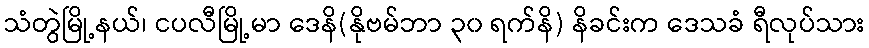
သံတွဲမြို့နယ်၊ ငပလီမြို့မာ ဒေနိ(နိုဗမ်ဘာ ၃၀ ရက်နိ) နိခင်းက ဒေသခံ ရီလုပ်သား